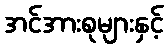
အင်အားစုများနှင့်